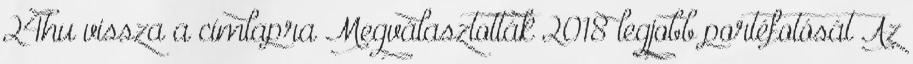
24hu vissza a címlapra Megválasztották 2018 legjobb portéfotósát Az